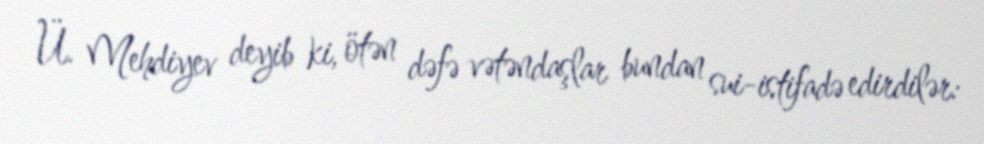
Ü. Mehdiyev deyib ki, ötən dəfə vətəndaşlar bundan sui-istifadə edirdilər: